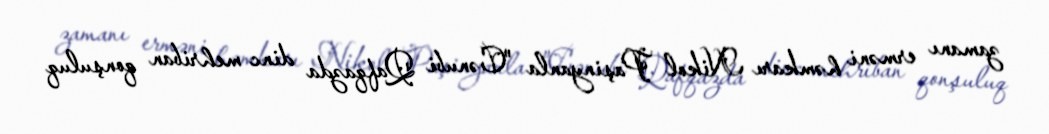
zamanı erməni həmkarı Nikol Paşinyanla "Cənubi Qafqazda dinc mehriban qonşuluq